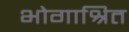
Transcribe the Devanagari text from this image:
भोगाश्रित